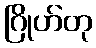
ဂြိုဟ်တု